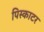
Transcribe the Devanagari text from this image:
पिस्काटर